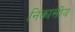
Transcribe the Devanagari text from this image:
निकासीय